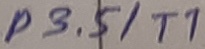
Text: P3.5/T1